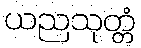
ယညသုတ္တံ